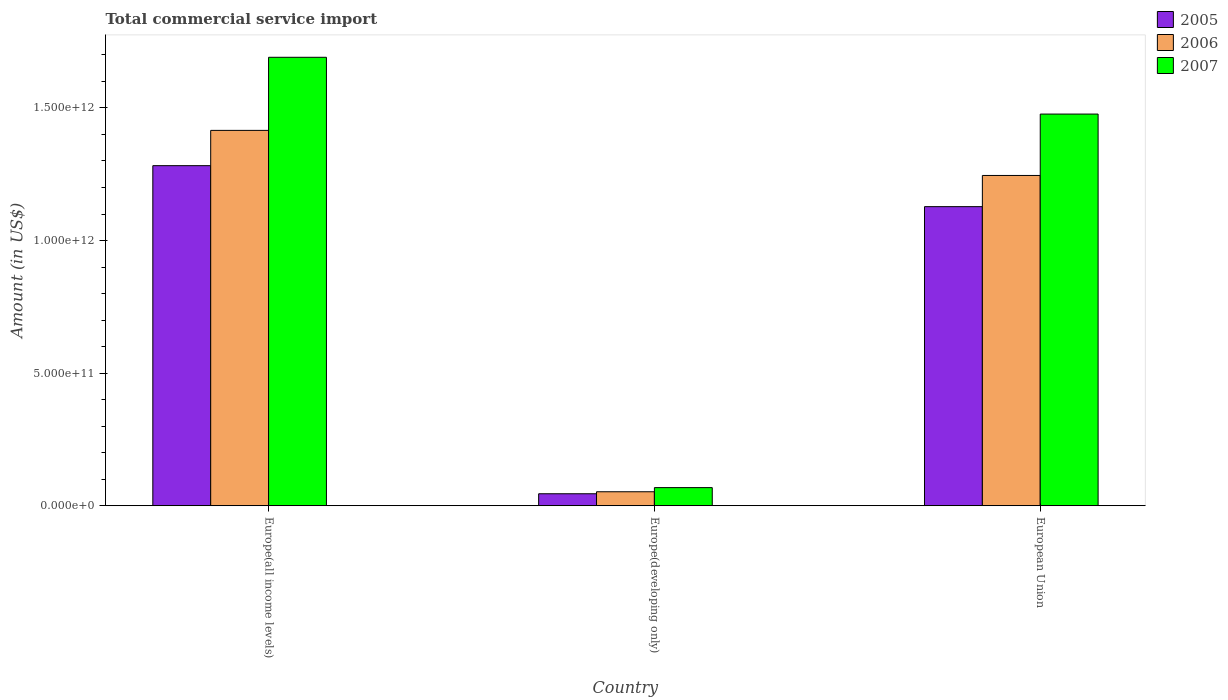
| Country | 2005 | 2006 | 2007 |
 | --- | --- | --- | --- |
 | Europe(all income levels) | 1.28e+12 | 1.42e+12 | 1.69e+12 |
 | Europe(developing only) | 4.51e+10 | 5.27e+10 | 6.83e+10 |
 | European Union | 1.13e+12 | 1.25e+12 | 1.48e+12 |